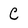
Character: C